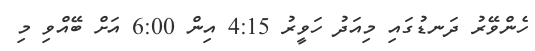
ހެންވޭރު ދަނޑުގައި މިއަދު ހަވީރު 4:15 އިން 6:00 އަށް ބޭއްވި މި